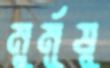
মুর্মূষু